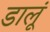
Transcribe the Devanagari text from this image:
डालूं